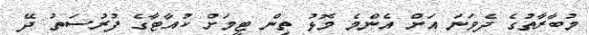
މުބާރާތުގެ ދެވަނަ އަށް އެންމެ މޮޅު ތިން ޓީމަށް ކުއާޓާގެ ފުރުސަތު ދޭ